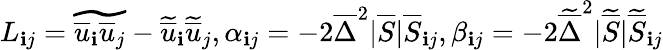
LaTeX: L_{\mathbf{i}j}=\widetilde{{\overline{{{u}}}_{\mathbf{i}}\overline{{{u}}}_{j}}}-\widetilde{{\overline{{{u}}}}}_{\mathbf{i}}\widetilde{{\overline{{{u}}}}}_{j},\alpha_{\mathbf{i}j}=-2\overline{{{\Delta}}}^{2}|\overline{{{S}}}|\overline{{{S}}}_{\mathbf{i}j},\beta_{\mathbf{i}j}=-2\widetilde{{\overline{{{\Delta}}}}}^{2}|\widetilde{{\overline{{{S}}}}}|\widetilde{{\overline{{{S}}}}}_{\mathbf{i}j}